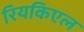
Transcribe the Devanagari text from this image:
रियकिएल